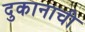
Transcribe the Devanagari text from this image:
दुकानाची